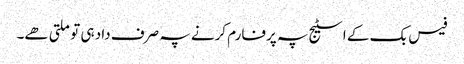
فیس بک کے اسٹیج پہ پرفارم کرنے پہ صرف داد ہی تو ملتی ھے۔